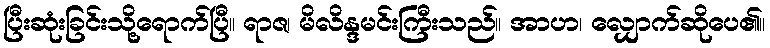
ပြီးဆုံးခြင်းသို့ရောက်ပြီ။ ရာဇ၊ မိလိန္ဒမင်းကြီးသည်။ အာဟ၊ လျှောက်ဆိုပေ၏။